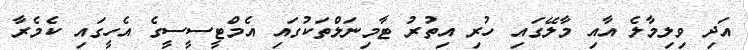
އަދި ވިލިމާލެ އާއި މާލޭގައި ހުރި އިތުރު ޓާމިނަލްތަކުގައި އެމްޓީސީސީގެ އެހީގައި ކެމެރާ